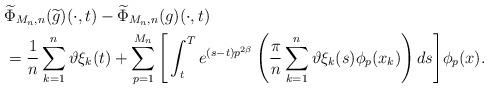
LaTeX: \begin{align*}&\widetilde \Phi_{M_n,n}( \widetilde g)(\cdot,t)-\widetilde \Phi_{M_n,n}( g)(\cdot,t)\\&= \dfrac{1}{n}\sum_{k=1}^n \vartheta\xi_{k}(t)+\sum_{p=1}^{M_n} \Bigg[ \int_t^T e^{(s-t)p^{2\beta}} \left( \dfrac{\pi}{n} \sum_{k=1}^n \vartheta\xi_{k}(s) \phi_p(x_k) \right) ds\Bigg] \phi_p(x).\end{align*}